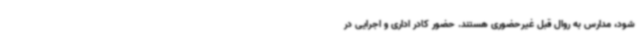
شود، مدارس به روال قبل غیرحضوری هستند. حضور کادر اداری و اجرایی در